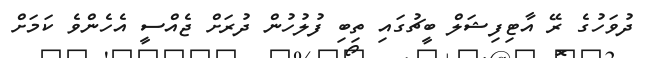
ދުވަހުގެ ރޭ އާޓިފިޝަލް ބީޗުގައި ތިބި ފުލުހުން ދުރަށް ޖެއްސީ އެހެންވެ ކަމަށް